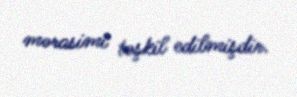
mərasimi təşkil edilmişdir.